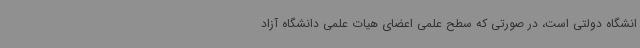
انشگاه دولتی است، در صورتی که سطح علمی اعضای هیات علمی دانشگاه آزاد